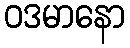
ဝဒမာနော